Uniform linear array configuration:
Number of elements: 24
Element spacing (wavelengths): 0.5
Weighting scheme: uniform
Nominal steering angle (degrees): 45
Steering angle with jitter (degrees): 46.937
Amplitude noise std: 0.05
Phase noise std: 0.05

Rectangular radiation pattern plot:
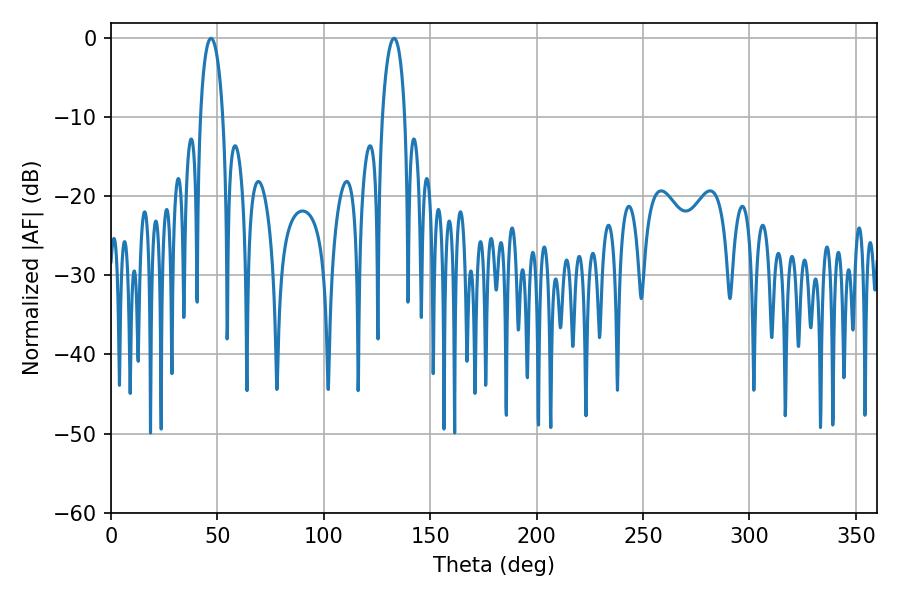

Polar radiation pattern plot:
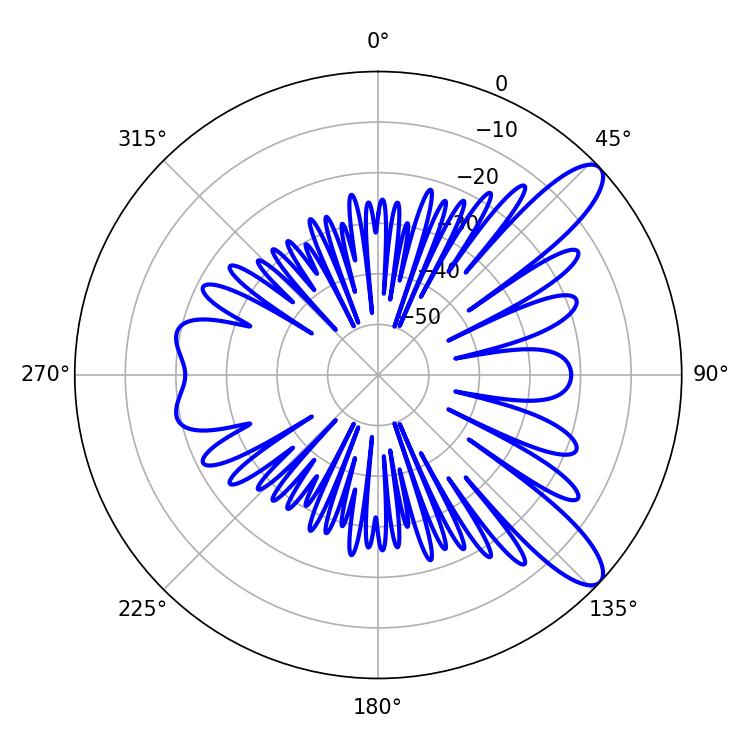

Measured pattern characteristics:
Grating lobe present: FALSE
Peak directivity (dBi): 10.694
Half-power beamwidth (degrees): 5.94
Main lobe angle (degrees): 46.98